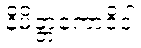
နိမိတ္တကောဝိဒါ